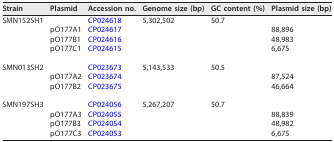
<table><thead><tr><td><b>Strain</b></td><td><b>Plasmid</b></td><td><b>Accession no.</b></td><td><b>Genome size (bp)</b></td><td><b>GC content (%)</b></td><td><b>Plasmid size (bp)</b></td></tr></thead><tbody><tr><td>SMN152SH1</td><td></td><td>CP024618</td><td>5,302,502</td><td>50.7</td><td></td></tr><tr><td></td><td>pO177A1</td><td>CP024617</td><td></td><td></td><td>88,896</td></tr><tr><td></td><td>pO177B1</td><td>CP024616</td><td></td><td></td><td>48,983</td></tr><tr><td></td><td>pO177C1</td><td>CP024615</td><td></td><td></td><td>6,675</td></tr><tr><td>SMN013SH2</td><td></td><td>CP023673</td><td>5,143,533</td><td>50.5</td><td></td></tr><tr><td></td><td>pO177A2</td><td>CP023674</td><td></td><td></td><td>87,524</td></tr><tr><td></td><td>pO177B2</td><td>CP023675</td><td></td><td></td><td>46,664</td></tr><tr><td>SMN197SH3</td><td></td><td>CP024056</td><td>5,267,207</td><td>50.7</td><td></td></tr><tr><td></td><td>pO177A3</td><td>CP024055</td><td></td><td></td><td>88,839</td></tr><tr><td></td><td>pO177B3</td><td>CP024054</td><td></td><td></td><td>48,982</td></tr><tr><td></td><td>pO177C3</td><td>CP024053</td><td></td><td></td><td>6,675</td></tr></tbody></table>